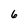
Character: 6